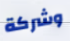
وشركة